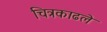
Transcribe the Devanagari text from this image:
चित्रकाढले